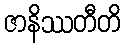
ဇာနိဿတီတိ